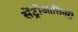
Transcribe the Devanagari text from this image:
सेंट्रोआसिनरी